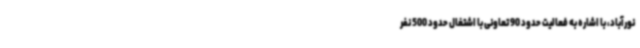
نورآباد، با اشاره به فعالیت حدود 90 تعاونی با اشتغال حدود 500 نفر